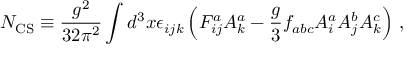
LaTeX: N _ { \mathrm { C S } } \equiv \frac { g ^ { 2 } } { 3 2 \pi ^ { 2 } } \int d ^ { 3 } x \epsilon _ { i j k } \left( F _ { i j } ^ { a } A _ { k } ^ { a } - \frac { g } { 3 } f _ { a b c } A _ { i } ^ { a } A _ { j } ^ { b } A _ { k } ^ { c } \right) \, ,